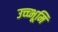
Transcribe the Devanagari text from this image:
उच्च्भूमि